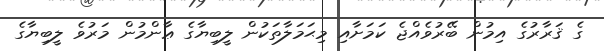
ގެ ޤަރާރުގެ އިމުން ބޭރުވެއްޖެ ކަމަށާއި މިޙަމަލާތަކުން ލީބިޔާގެ ޢާންމުން މަރުވެ ލީބިޔާގެ